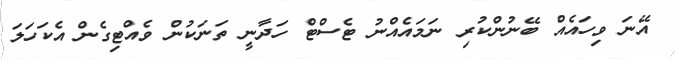
އޭނަ ވިހައެއް ބޭނުންކުރި ނަމައެއްނު ޓެސްޓް ހަދާނީ ތަނަކުން ވެއްޓިގެން އެކަހަލަ